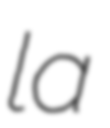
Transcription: la